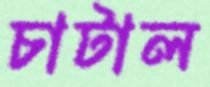
চাটাল